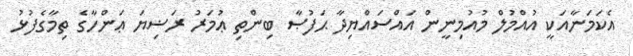
އެކަމަނާއަކީ އުއްމުލް މުއުމިނީން އައްސައްޔިދާ ޙަފުޞާ ބިންތި ޢުމަރު ރަޟިޔަ ޢަންހާގެ ތިމާގެފުޅު